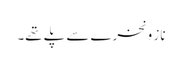
ناز و نخرے سے پلے تھے۔